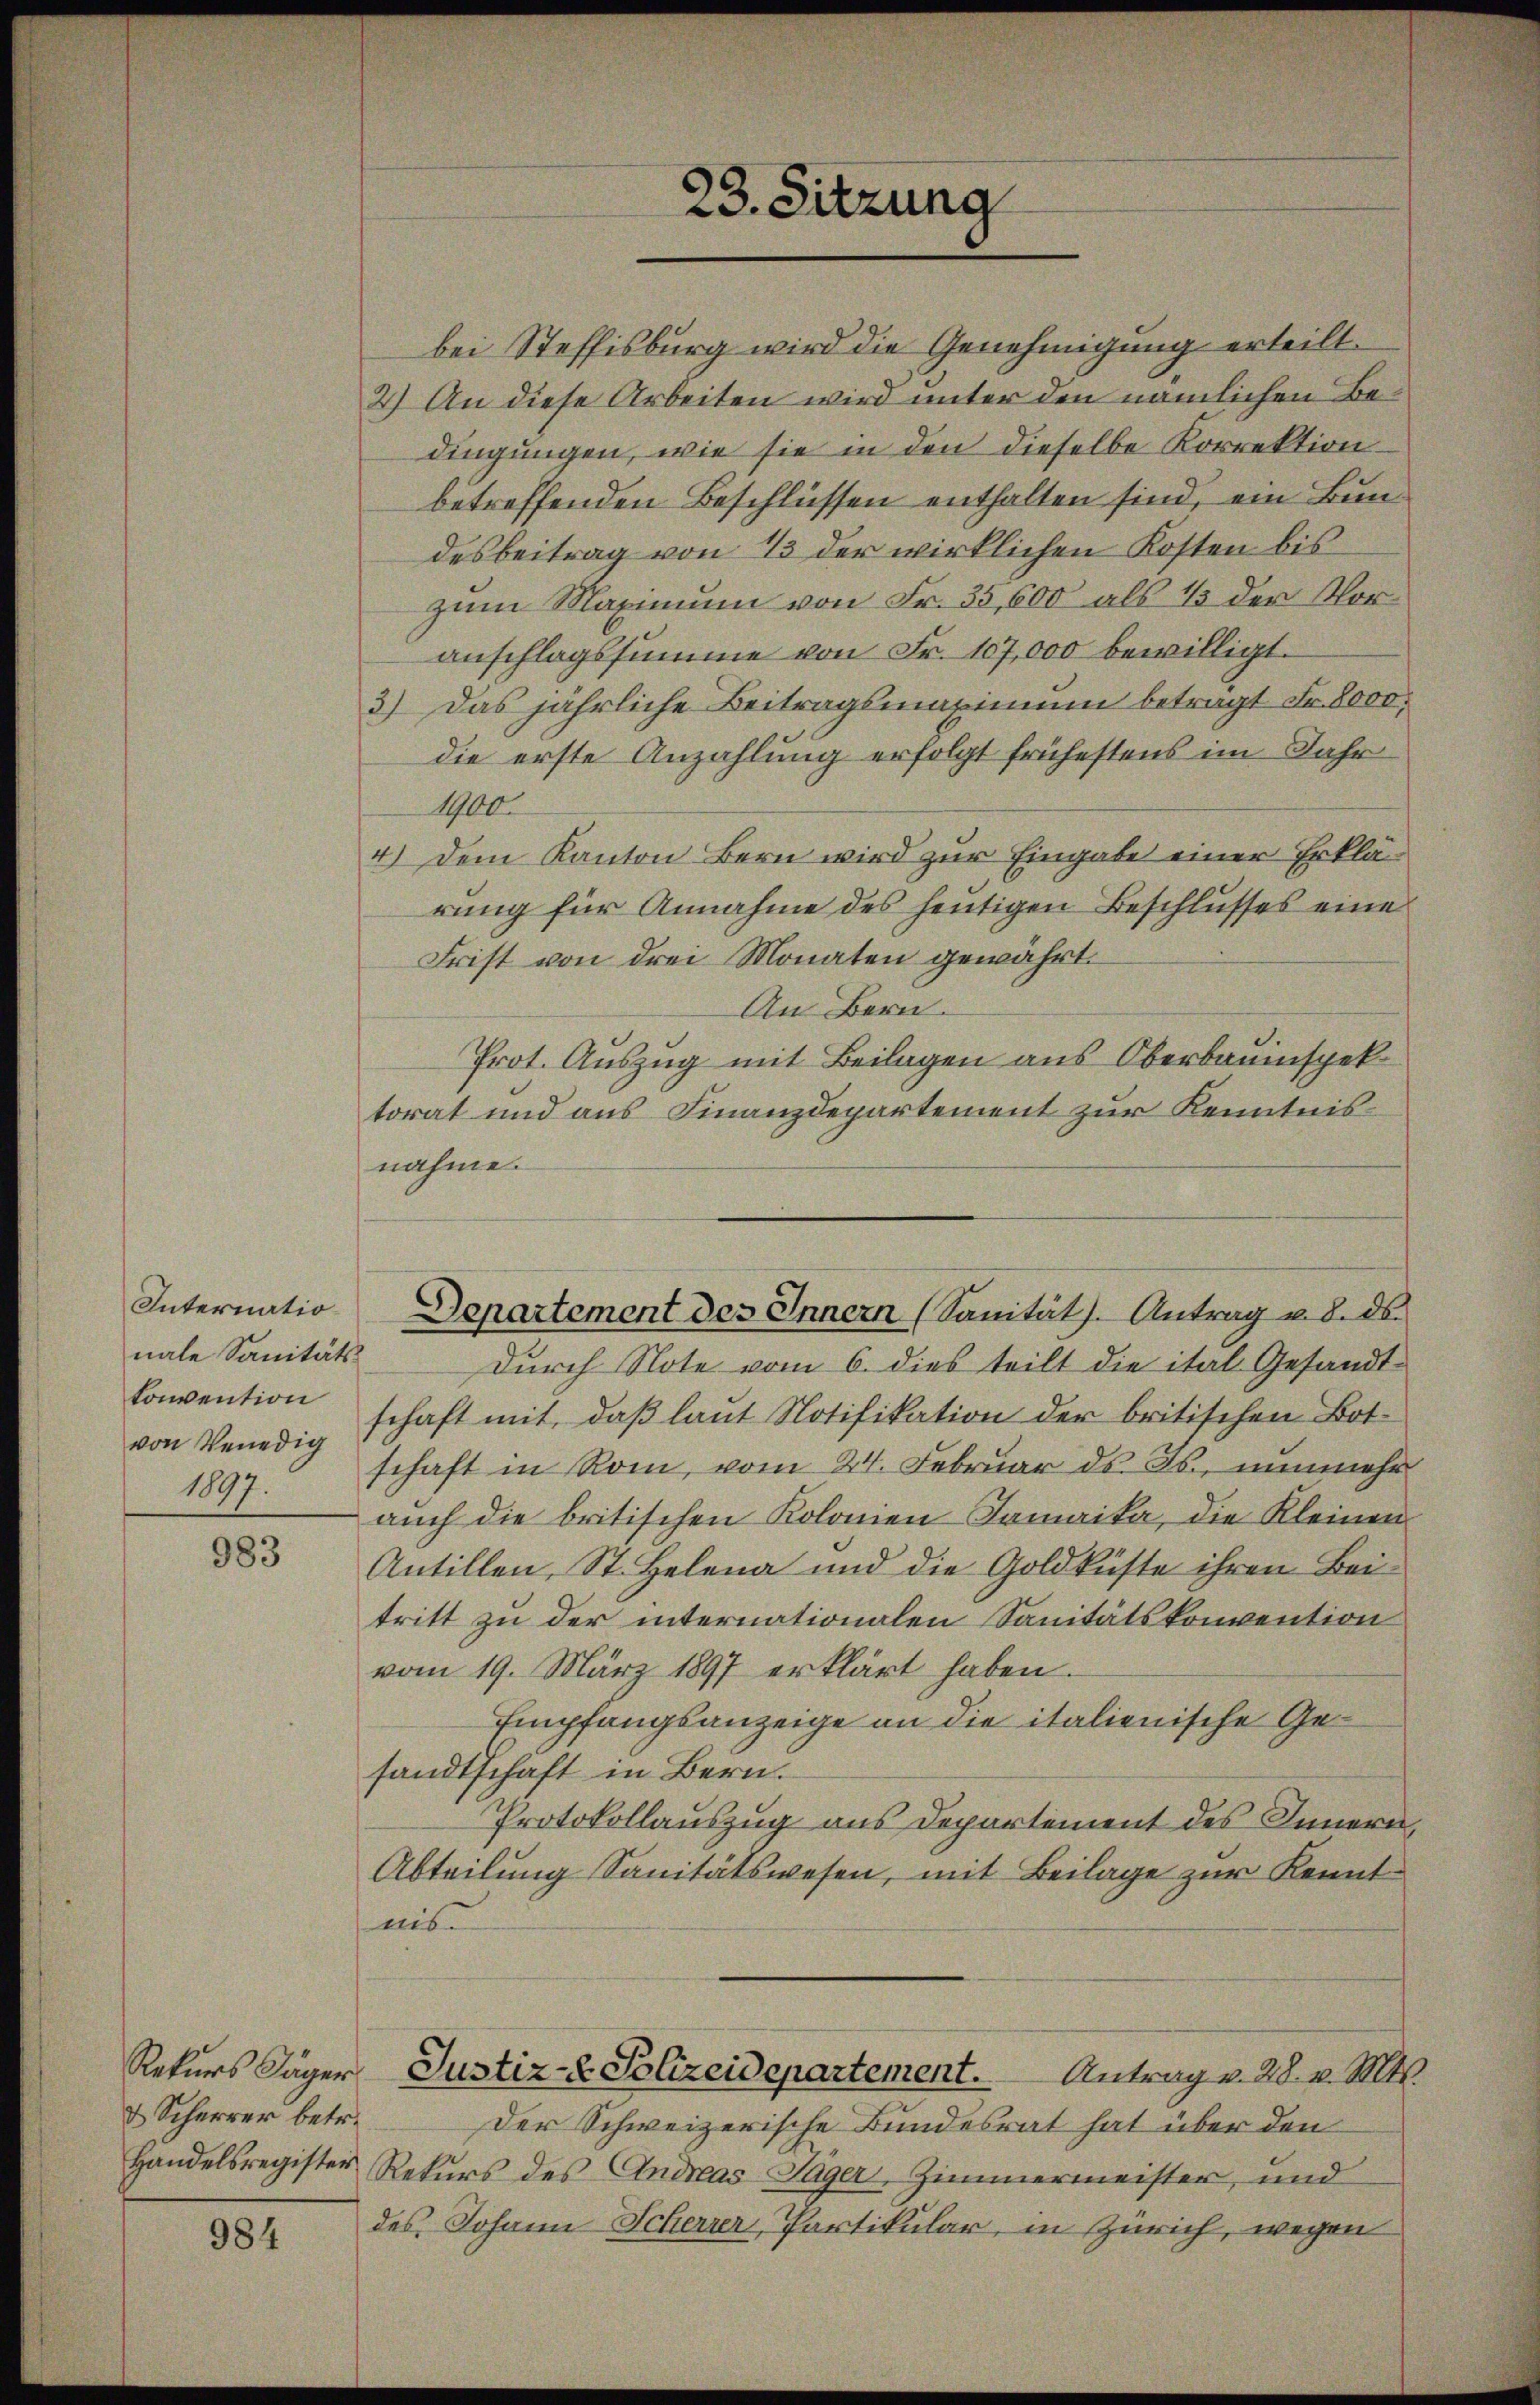
Internatio
nale Sanitäts-
von Venedig
1897.

983

Rekurs Jäger
& Scharrer betr.

984

nahme.

23. Sitzung

bei Steffisburg wird die Genehmigung erteilt.
2.) An diese Arbeiten wird unter den nämlichen Bedingungen, wie sie in den dieselbe Korrektion
betreffenden Beschlüssen enthalten sind, ein Bundesbeitrag von 13 der wirklichen Kosten bis
zum Maximum von Fr. 35,600 als 1/3 der Voranschlagssumme von Fr. 107,000 bewilligt.
3) Das jährliche Beitragsmaximum beträgt Fr. 8000.
die erste Anzahlung erfolgt frühestens im Jahr
1900
4.) Dem Kanton Bern wird zur Eingabe einer Erklärung für Annahme des heutigen Beschlusses eine
Frist von drei Monaten gewährt.
An Bern.
Prot. Auszug mit Beilagen aus Oberbauinspek
torat und aus Finanzdepartement zur Kenntnis
Departement des Innern (Sanität. Antrag u. 8. ds.
Durch Note vom 6. dies teilt die ital Gesandtkonvention schaft mit, daβ laŭt Notifikation der britischen Bot-
schaft in Rom, vom 24. Februar ds. Js., nunmehr
auch die britischen Kolonien Samaika, die Kleinen
Antillen, St. Helena und die Goldküste ihren Beitritt zu der internationalen Sanitätskonvention
vom 19. März 1897 erklärt haben.
Empfangsanzeige an die italienische Gesandtschaft in Bern.
Protokollauszug aus Departement des Innern,
Abteilung Sanitätswesen, mit Beilage zur Kennt-
nis
Justiz- & Polizeidepartement. Antrag v. 28. v. M.
Der Schweizerische Bundesrat hat über den
Handelsregister Rekurs des Andreas Sager, Zimmermeister, und
des Johann Scherrer, Partikular, in Zürich, wegen